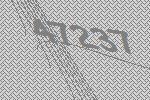
47237